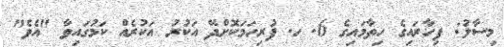
މިސާލު: ފިހާރައިގެ ހިތާމައިގެ 6. ހ. ފުރިހަމަކޮށްދޭ އަކުރު އަކުރެއް ކަމުގައިވާ "އެވެ"